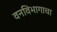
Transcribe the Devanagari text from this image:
वनविभागाचा